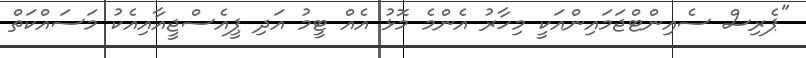
"ޕެރިސް ސެއިންޓްޖަމައިންއަކީ މިހާރު އެންމެ މޮޅު އެއް ޓީމު އަދި ޕީއެސްޖީއާއިއެކު މަސައްކަތް